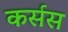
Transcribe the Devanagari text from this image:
कर्सस